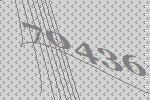
70436